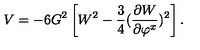
V = - 6 G ^ { 2 } \left[ W ^ { 2 } - \frac 3 4 ( { \frac { \partial W } { \partial \varphi ^ { x } } } ) ^ { 2 } \right] .